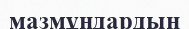
мазмұндардың